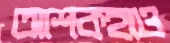
আশকহাও